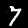
Digit: 7